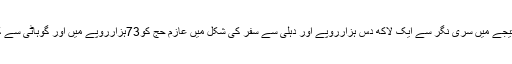
انہوں نے کہا کہ پہلی بار چند روانگی مراکز کو متبادل دیا گیا ہے اور سبسڈی ختم ہونے کے نتیجے میں سری نگر سے ایک لاکھ دس ہزارروپے اور دہلی سے سفر کی شکل میں عازم حج کو73ہزارروپے میں اور گوہاٹی سے کرایہ ایک لاکھ 16ہزار روپے اور کولکتہ سے سفر کی صورت میں 83ہزار روپے دینا ہوگا ۔